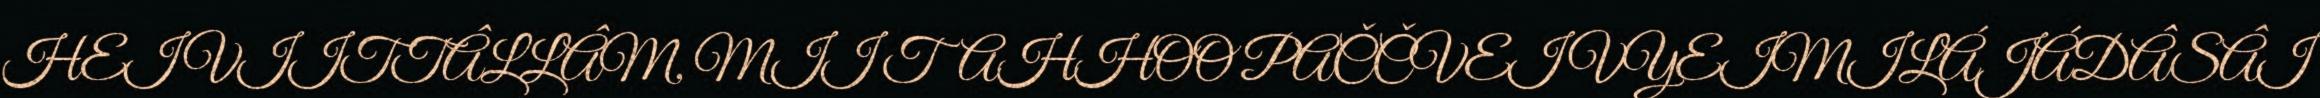
HEIVIITTÂLLÂM, MII TAHHOO PAČČVEI VYEIMILÁJÁDÂSÂI